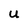
Character: U